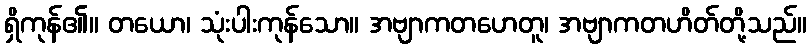
ရှိကုန်၏။ တယော၊ သုံးပါးကုန်သော။ အဗျာကတဟေတူ၊ အဗျာကတဟိတ်တို့သည်။